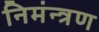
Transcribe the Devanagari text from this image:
निमंन्त्रण